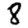
Digit: 8